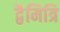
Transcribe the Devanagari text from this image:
द्वैमित्रि